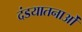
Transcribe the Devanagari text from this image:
दंडयातनाओं